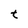
Character: t